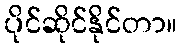
ပိုင်ဆိုင်နိုင်တာ။